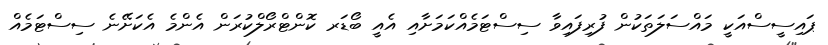
ޕައިސީސްއަކީ މައްސަލަތަކުން ފުރިފައިވާ ސިސްޓަމެއްކަމަށާއި އެއީ ބޯޑަރ ކޮންޓްރޯލްކުރަން އެންމެ އެކަށޭނެ ސިސްޓަމެއް